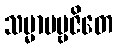
သမ္မာပဗ္ဗဇိတေ